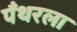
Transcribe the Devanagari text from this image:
पँथरला